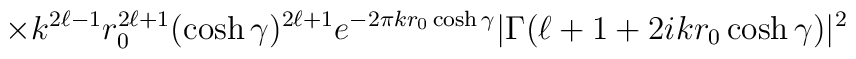
\times k^{2\ell -1} r_0^{2\ell +1} (\cosh\gamma)^{2\ell +1}e^{-2\pi kr_0\cosh\gamma} |\Gamma (\ell + 1+2ikr_0\cosh\gamma)|^2